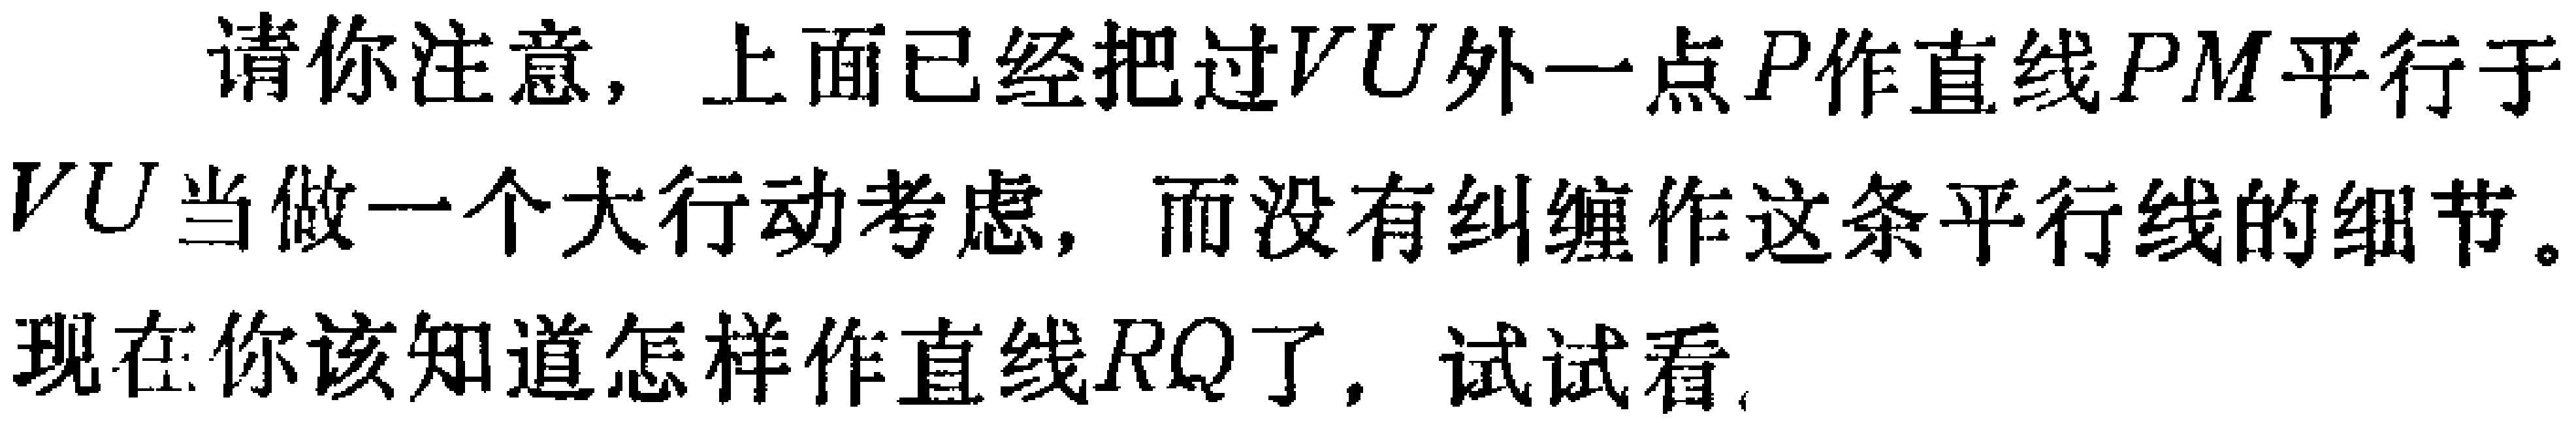
请你注意，上面已经把过$VU$外一点$P$作直线$PM$平行于$VU$当做一个大行动考虑，而没有纠缠作这条平行线的细节。现在你该知道怎样作直线$RQ$了，试试看。